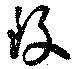
致